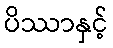
ပိဿာနှင့်